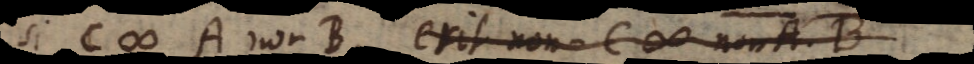
Si C # A non B, erit non‐C # non A.B,